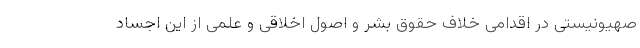
صهیونیستی در اقدامی خلاف حقوق بشر و اصول اخلاقی و علمی از این اجساد